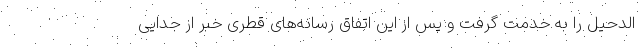
الدحیل را به خدمت گرفت و پس از این اتفاق رسانه‌های قطری خبر از جدایی